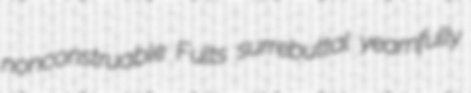
nonconstruable Fults surrebuttal yearnfully